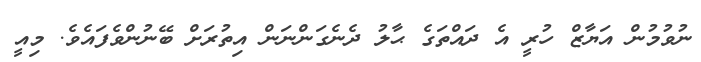
ނުވުމުން އަޔާޒް ހުރީ އެ ދައްތަގެ ޙާލު ދެނެގަންނަން އިތުރަށް ބޭނުންވެފައެވެ. މިއީ